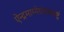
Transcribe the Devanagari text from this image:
ऐन्द्रमाग्नेयंचत्वाष्ट्रं